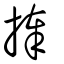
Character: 捧